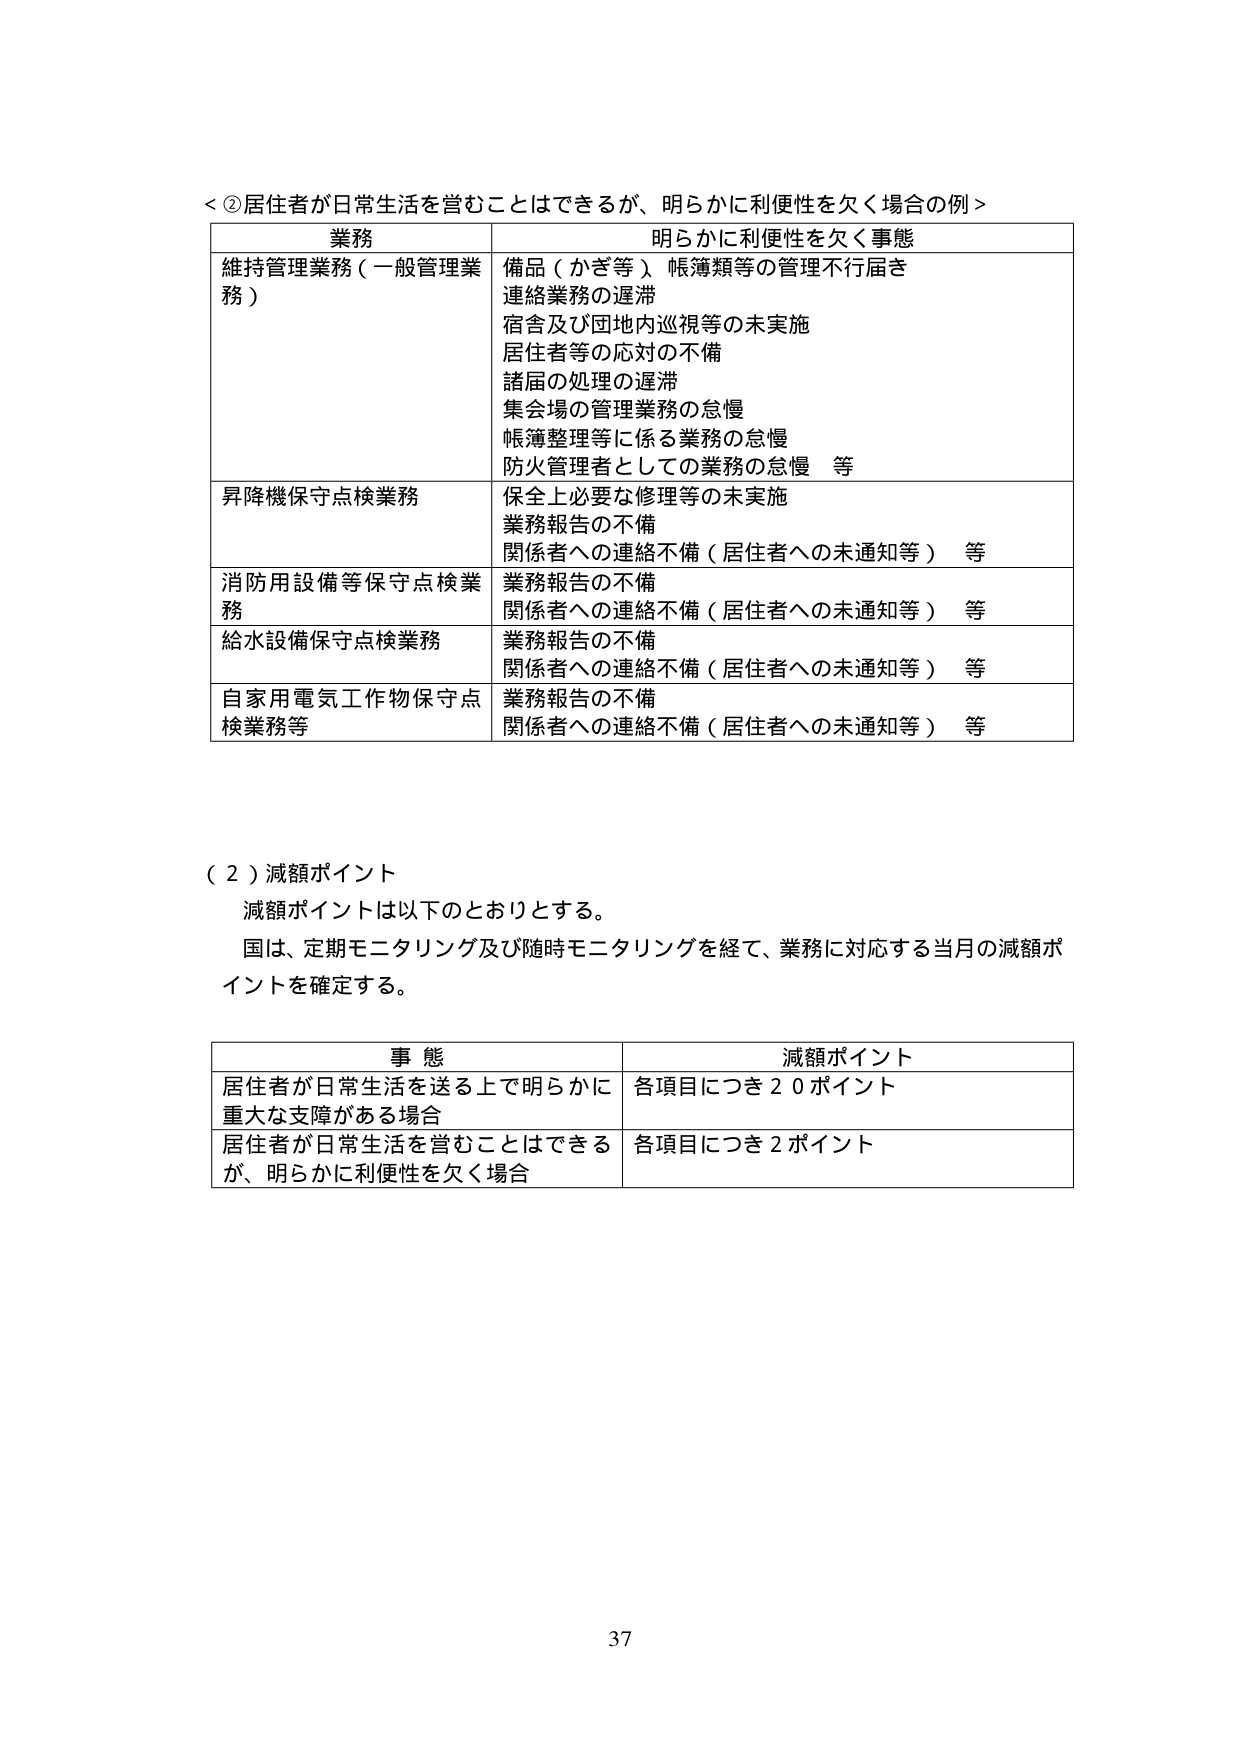
＜②居住者が日常生活を営むことはできるが、明らかに利便性を欠く場合の例＞

業務 明らかに利便性を欠く事態
維持管理業務（一般管理業務） 備品（かぎ等）、帳簿類等の管理不行届き
連絡業務の遅滞
宿舎及び団地内巡視等の未実施
居住者等の応対の不備
諸届の処理の遅滞
集会場の管理業務の怠慢
帳簿整理等に係る業務の怠慢
防火管理者としての業務の怠慢 等
昇降機保守点検業務 保全上必要な修理等の未実施
業務報告の不備
関係者への連絡不備（居住者への未通知等） 等
消防用設備等保守点検業務 業務報告の不備
関係者への連絡不備（居住者への未通知等） 等
給水設備保守点検業務 業務報告の不備
関係者への連絡不備（居住者への未通知等） 等
自家用電気工作物保守点検業務等 業務報告の不備
関係者への連絡不備（居住者への未通知等） 等

（２）減額ポイント
減額ポイントは以下のとおりとする。
国は、定期モニタリング及び随時モニタリングを経て、業務に対応する当月の減額ポイントを確定する。

事態 減額ポイント
居住者が日常生活を送る上で明らかに重大な支障がある場合 各項目につき２０ポイント
居住者が日常生活を営むことはできるが、明らかに利便性を欠く場合 各項目につき２ポイント

37